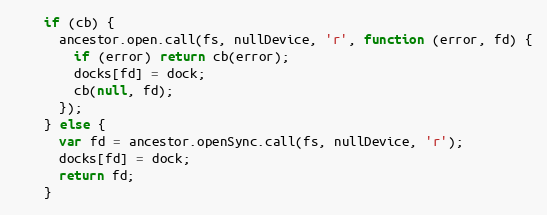
Language: JavaScript
    if (cb) {
      ancestor.open.call(fs, nullDevice, 'r', function (error, fd) {
        if (error) return cb(error);
        docks[fd] = dock;
        cb(null, fd);
      });
    } else {
      var fd = ancestor.openSync.call(fs, nullDevice, 'r');
      docks[fd] = dock;
      return fd;
    }